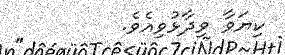
ކިޔަވާ ވިދާޅުވިއެވެ.